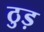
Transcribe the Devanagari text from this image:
ठुड़